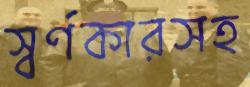
স্বর্ণকারসহ